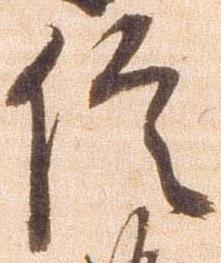
信